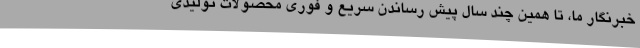
خبرنگار ما، تا همین چند سال پیش رساندن سریع و فوری محصولات تولیدی